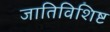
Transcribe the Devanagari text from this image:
जातिविशिष्ट